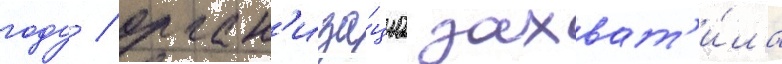
году / орган'иза́циа захват'и́ла